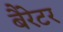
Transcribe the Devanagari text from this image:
बैरेटर